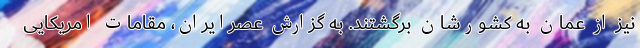
نیز از عمان به کشورشان برگشتند. به گزارش عصرایران، مقامات امریکایی